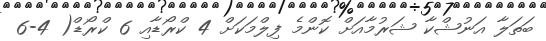
ބަތަލާ އަނުޝްކާ ޝަރުމާއަށް ކޮންމެ ފިލްމަކަށް 4 ކްރޯޑާއި 6 ކްރޯޑް( 4-6